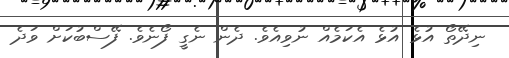
ނިދޭތޯ އުޅެ އުޅެ އެކަމެއް ނުވިއެވެ. ދެން ނެގީ ފޯނެވެ. ފޭސްބުކަށް ވަދެ